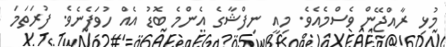
މުޅި ރާއްޖޭން ވެސްމެއެވެ. މިއީ ނިފްޝާގެ އެންމެ ބޮޑު އެއް ހުވަފެނެވެ. ފުރަތަމަ